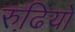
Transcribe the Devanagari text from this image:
रुढि़यो